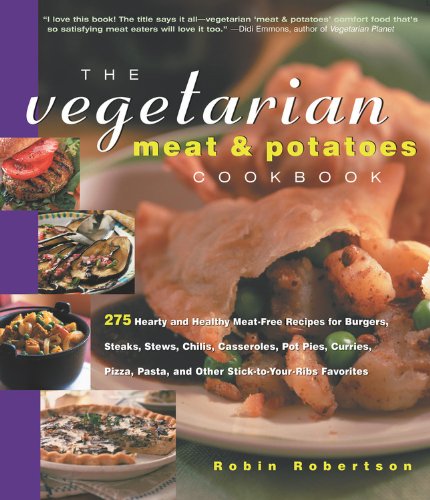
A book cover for The Vegetarian Meat and Potatoes Cookbook (Non); Robin Robertson; Cookbooks, Food & Wine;